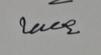
Signature authenticity: genuine